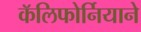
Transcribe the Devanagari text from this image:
कॅलिफोर्नियाने